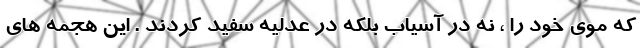
که موی خود را ، نه در آسیاب بلکه در عدلیه سفید کردند . این هجمه های